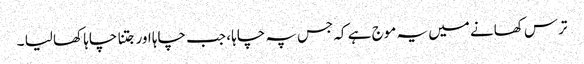
ترس کھانے میں یہ موج ہے کہ جس پہ چاہا ، جب چاہا اور جتنا چاہا کھا لیا ۔